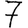
Digit: 7